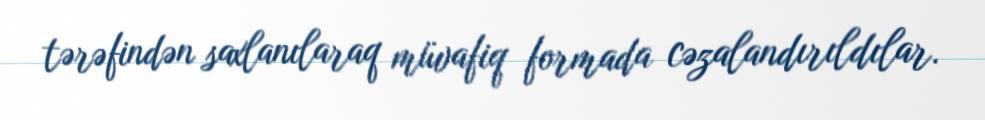
tərəfindən saxlanılaraq müvafiq formada cəzalandırıldılar.